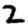
Digit: 2